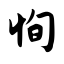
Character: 恂